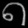
Digit: ၈